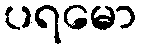
ပရမော